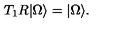
T _ { 1 } R \vert \Omega \rangle = \vert \Omega \rangle .